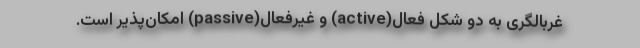
غربالگری به دو شکل فعال(active) و غیرفعال(passive) امکان‌پذیر است.